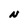
Character: N